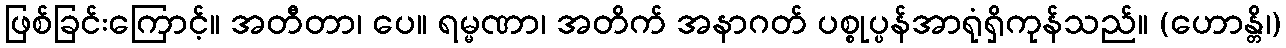
ဖြစ်ခြင်းကြောင့်။ အတီတာ၊ ပေ။ ရမ္မဏာ၊ အတိက် အနာဂတ် ပစ္စုပ္ပန်အာရုံရှိကုန်သည်။ (ဟောန္တိ၊)